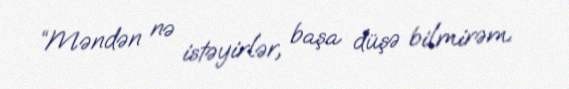
“Məndən nə istəyirlər, başa düşə bilmirəm.